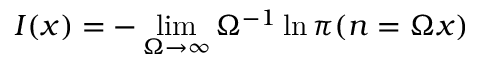
I ( x ) = - \operatorname* { l i m } _ { \Omega \to \infty } \Omega ^ { - 1 } \ln \pi ( n = \Omega x )